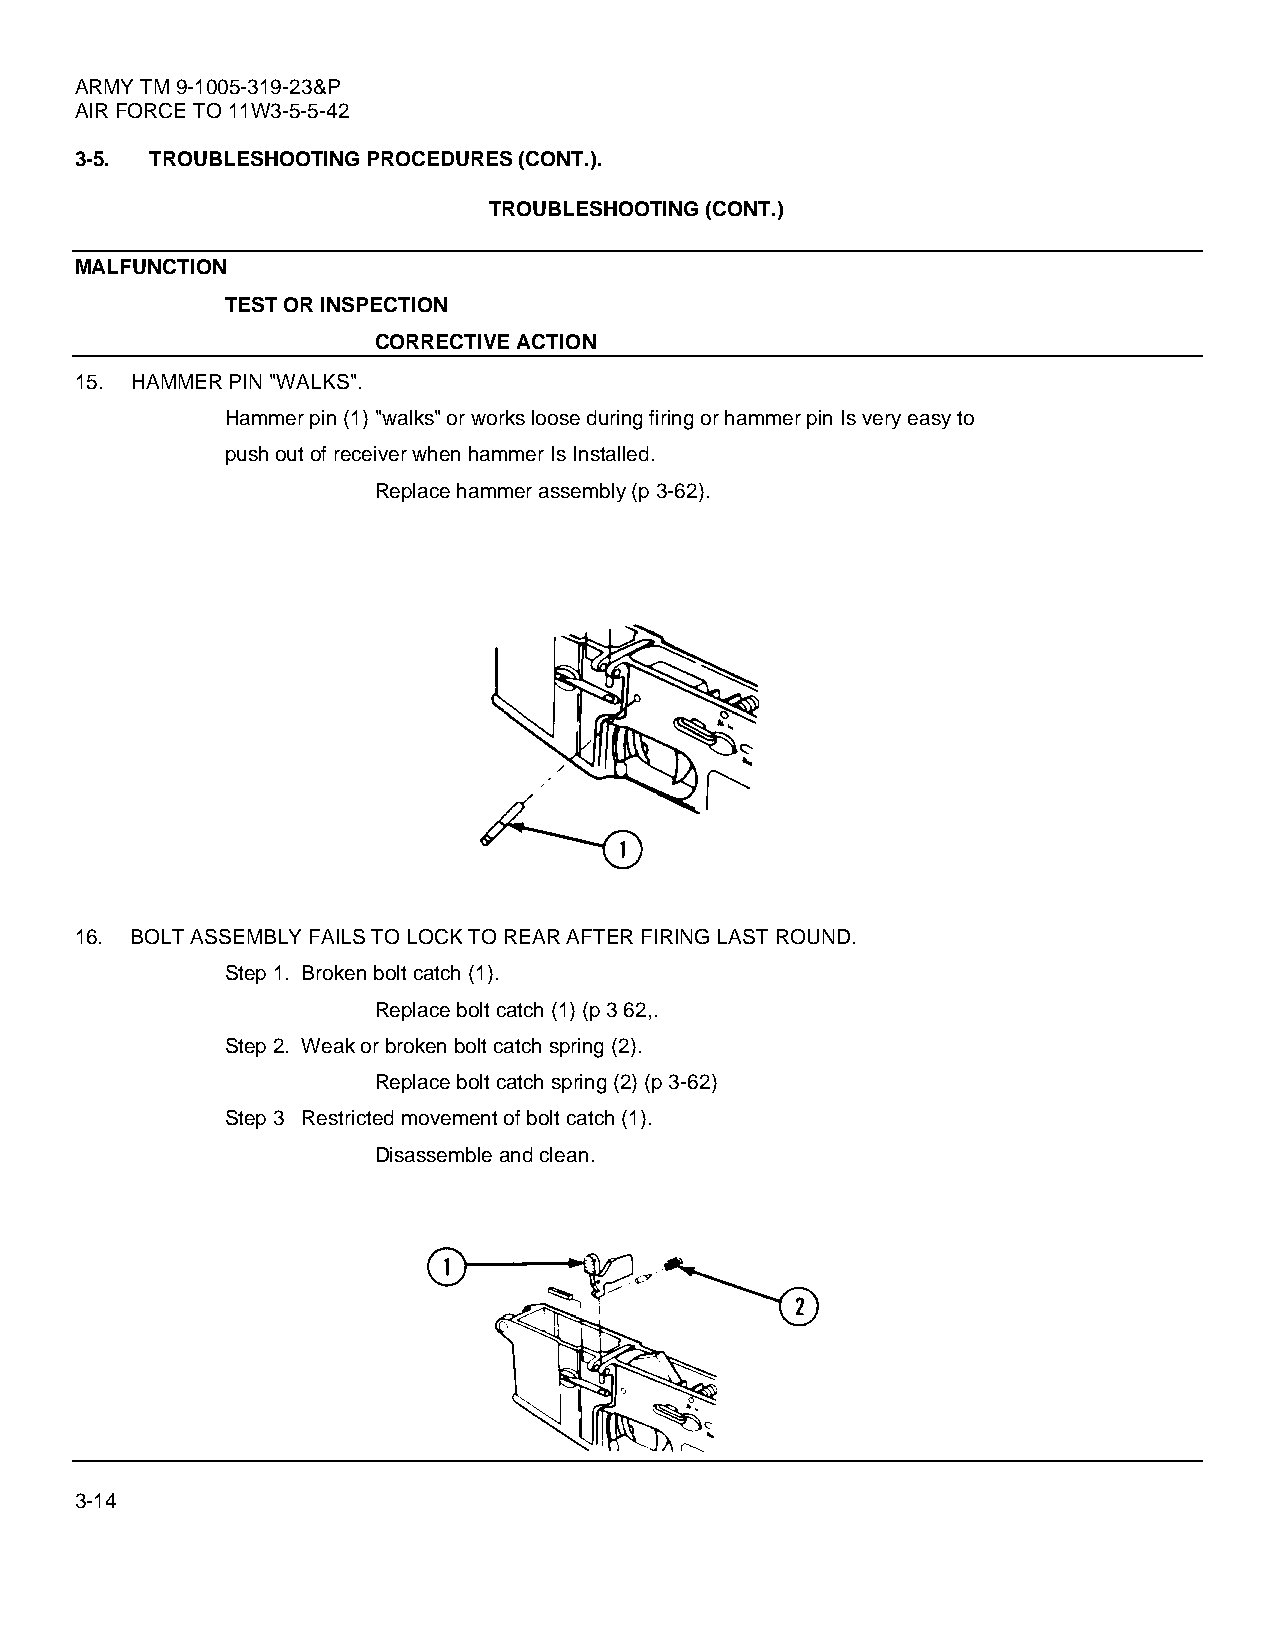
ARMY TM 9-1005-319-23&P
 AIR FORCE TO 11W3-5-5-42
 3-5. TROUBLESHOOTING PROCEDURES (CONT.).
 TROUBLESHOOTING (CONT.)
 MALFUNCTION
 TEST OR INSPECTION
 CORRECTIVE ACTION
 15. HAMMER PIN "WALKS".
 Hammer pin (1) "walks" or works loose during firing or hammer pin Is very easy to
 push out of receiver when hammer Is Installed.
 Replace hammer assembly (p 3-62).
 16. BOLT ASSEMBLY FAILS TO LOCK TO REAR AFTER FIRING LAST ROUND.
 Step 1. Broken bolt catch (1).
 Replace bolt catch (1) (p 3 62,.
 Step 2. Weak or broken bolt catch spring (2).
 Replace bolt catch spring (2) (p 3-62)
 Step 3 Restricted movement of bolt catch (1).
 Disassemble and clean.
 3-14